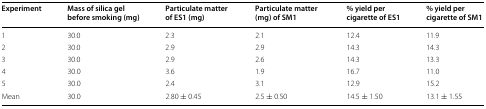
<table><thead><tr><td><b>Experiment</b></td><td><b>Mass of silica gel before smoking (mg)</b></td><td><b>Particulate matter of ES1 (mg)</b></td><td><b>Particulate matter (mg) of SM1</b></td><td><b>% yield per cigarette of ES1</b></td><td><b>% yield per cigarette of SM1</b></td></tr></thead><tbody><tr><td>1</td><td>30.0</td><td>2.3</td><td>2.1</td><td>12.4</td><td>11.9</td></tr><tr><td>2</td><td>30.0</td><td>2.9</td><td>2.9</td><td>14.3</td><td>14.3</td></tr><tr><td>3</td><td>30.0</td><td>2.9</td><td>2.6</td><td>14.3</td><td>13.3</td></tr><tr><td>4</td><td>30.0</td><td>3.6</td><td>1.9</td><td>16.7</td><td>11.0</td></tr><tr><td>5</td><td>30.0</td><td>2.4</td><td>3.1</td><td>12.9</td><td>15.2</td></tr><tr><td>Mean</td><td>30.0</td><td>2.80 ± 0.45</td><td>2.5 ± 0.50</td><td>14.5 ± 1.50</td><td>13.1 ± 1.55</td></tr></tbody></table>